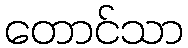
တောင်သာ